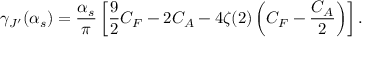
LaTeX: \gamma _ { J ^ { \prime } } ( \alpha _ { s } ) = \frac { \alpha _ { s } } { \pi } \left[ \frac { 9 } { 2 } C _ { F } - 2 C _ { A } - 4 \zeta ( 2 ) \left( C _ { F } - \frac { C _ { A } } { 2 } \right) \right] .